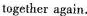
together again.